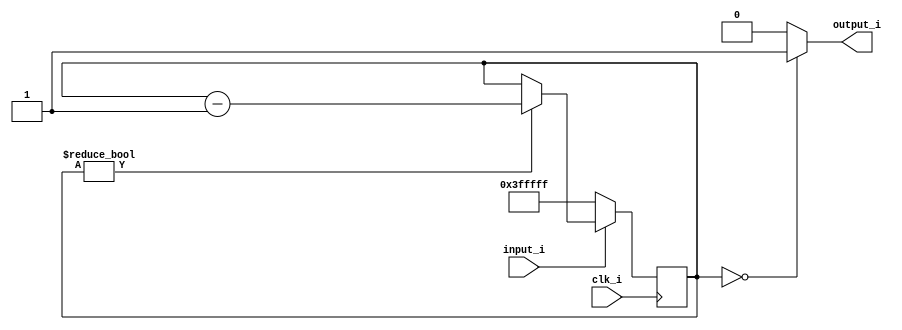
`timescale 1ns / 1ps
//////////////////////////////////////////////////////////////////////////////////
// Company: 
// Engineer: 
// 
// Design Name: 
// Module Name: debouncer
// Project Name: 
// Target Devices: 
// Tool Versions: 
// Description: 
// 
// Dependencies: 
// 
// Revision:
// Revision 0.01 - File Created
// Additional Comments:
// 
//////////////////////////////////////////////////////////////////////////////////
module debouncer (
    input clk_i,
    input input_i,
    output output_i
);

reg [21:0] licznik;

always @(posedge clk_i) begin
    if (input_i == 1'b0) begin
        licznik <= {22{1'b1}};
    end else begin
        if (licznik != 22'b0) begin
            licznik <= licznik - 1;
        end
    end
end

assign output_i = (licznik == 22'b0) ? 1'b1 : 1'b0;

endmodule